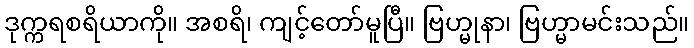
ဒုက္ကရစရိယာကို။ အစရိ၊ ကျင့်တော်မူပြီ။ ဗြဟ္မုနာ၊ ဗြဟ္မာမင်းသည်။